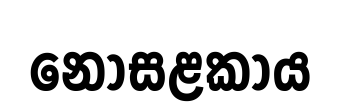
නොසළකාය